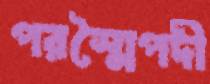
পরস্মৈপদী